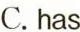
C. has